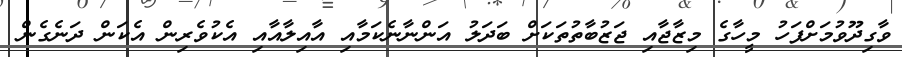
ވާގިދޫވުމަށްފަހު މީހާގެ މިޒާޖާއި ޖަޒުބާތުތަކަށް ބަދަލު އަންނާނެކަމާއި އާއިލާއާއި އެކުވެރިން އެކަން ދަނެގެން